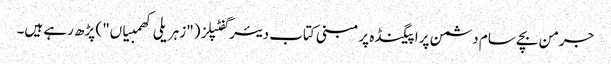
جرمن بچے سام دشمن پراپیگنڈہ پر مبنی کتاب دیئر گفٹپلز ("زہریلی کھمبیاں") پڑھ رہے ہیں۔